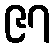
၉၇